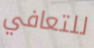
للتعافي